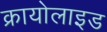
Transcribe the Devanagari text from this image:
क्रायोलाइड